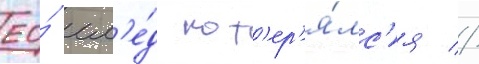
ео́ сл'е́д пот'ер'я́лс'я //